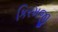
કિરમજી